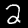
Digit: 2